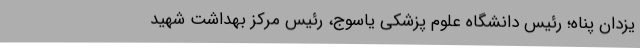
یزدان پناه؛ رئیس دانشگاه علوم پزشکی یاسوج، رئیس مرکز بهداشت شهید